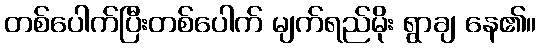
တစ်ပေါက်ပြီးတစ်ပေါက် မျက်ရည်မိုး ရွာချ နေ၏။